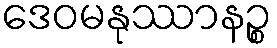
ဒေဝမနုဿာနဉ္စ